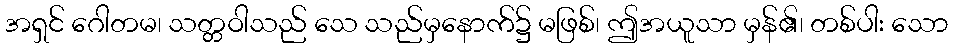
အရှင် ဂေါတမ၊ သတ္တဝါသည် သေ သည်မှနောက်၌ မဖြစ်၊ ဤအယူသာ မှန်၏၊ တစ်ပါး သော